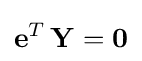
\mathbf {e} ^{T}\,\mathbf {Y} =\mathbf {0}